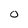
Character: O